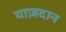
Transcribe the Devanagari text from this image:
याज़दान